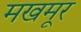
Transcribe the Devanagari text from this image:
मखमूर